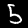
Digit: 5